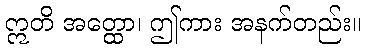
ဣတိ အတ္ထော၊ ဤကား အနက်တည်း။